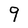
Character: 9